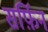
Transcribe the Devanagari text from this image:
सर्फ़िन